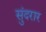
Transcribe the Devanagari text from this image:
सुंदरार